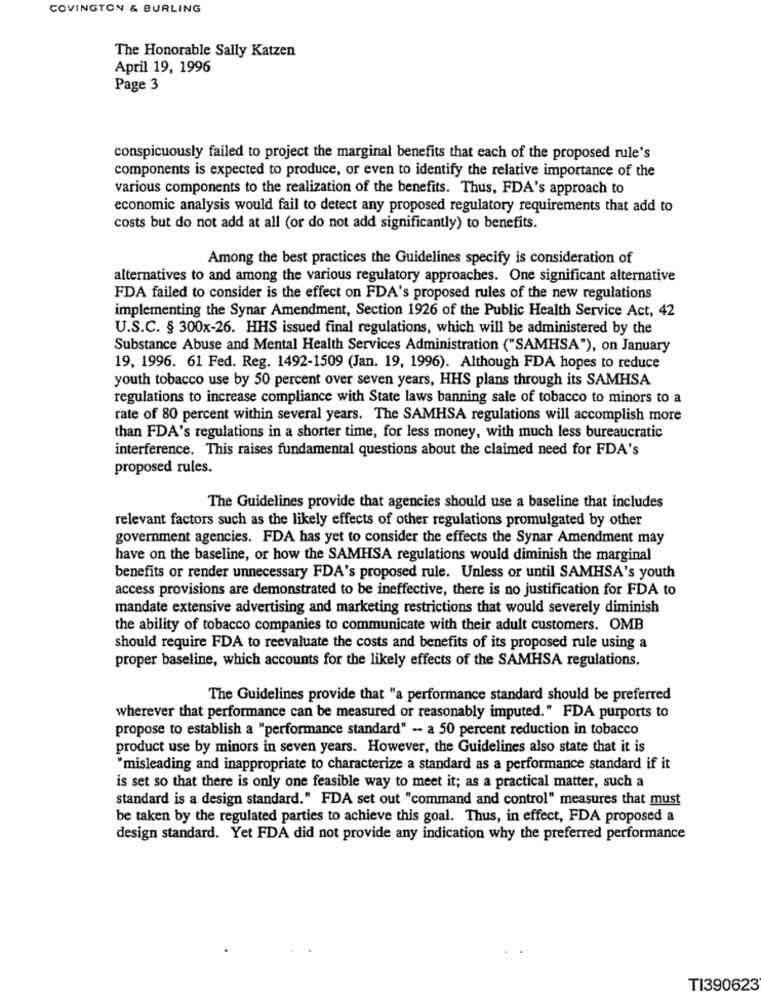
COVINGTON & BURLING
The Honorable Sally Katzen
April 19, 1996
Page 3
conspicuously failed to project the marginal benefits that each of the proposed rule's
components is expected to produce, or even to identify the relative importance of the
various components to the realization of the benefits. Thus, FDA's approach to
economic analysis would fail to detect any proposed regulatory requirements that add to
costs but do not add at all (or do not add significantly) to benefits.
Among the best practices the Guidelines specify is consideration of
alternatives to and among the various regulatory approaches. One significant alternative
FDA failed to consider is the effect on FDA's proposed rules of the new regulations
implementing the Synar Amendment, Section 1926 of the Public Health Service Act, 42
U.S.C. § 300x-26. HHS issued final regulations, which will be administered by the
Substance Abuse and Mental Health Services Administration ("SAMHSA"), on January
19, 1996. 61 Fed. Reg. 1492-1509 (Jan. 19, 1996). Although FDA hopes to reduce
youth tobacco use by 50 percent over seven years, HHS plans through its SAMHSA
regulations to increase compliance with State laws banning sale of tobacco to minors to a
rate of 80 percent within several years. The SAMHSA regulations will accomplish more
than FDA's regulations in a shorter time, for less money, with much less bureaucratic
interference. This raises fundamental questions about the claimed need for FDA's
proposed rules.
The Guidelines provide that agencies should use a baseline that includes
relevant factors such as the likely effects of other regulations promulgated by other
government agencies. FDA has yet to consider the effects the Synar Amendment may
have on the baseline, or how the SAMHSA regulations would diminish the marginal
benefits or render unnecessary FDA's proposed rule. Unless or until SAMHSA's youth
access provisions are demonstrated to be ineffective, there is no justification for FDA to
mandate extensive advertising and marketing restrictions that would severely diminish
the ability of tobacco companies to communicate with their adult customers. OMB
should require FDA to reevaluate the costs and benefits of its proposed rule using a
proper baseline, which accounts for the likely effects of the SAMHSA regulations.
The Guidelines provide that "a performance standard should be preferred
wherever that performance can be measured or reasonably imputed." FDA purports to
propose to establish a "performance standard" -- a 50 percent reduction in tobacco
product use by minors in seven years. However, the Guidelines also state that it is
"misleading and inappropriate to characterize a standard as a performance standard if it
is set so that there is only one feasible way to meet it; as a practical matter, such a
standard is a design standard." FDA set out "command and control" measures that must
be taken by the regulated parties to achieve this goal. Thus, in effect, FDA proposed a
design standard. Yet FDA did not provide any indication why the preferred performance
TI390623